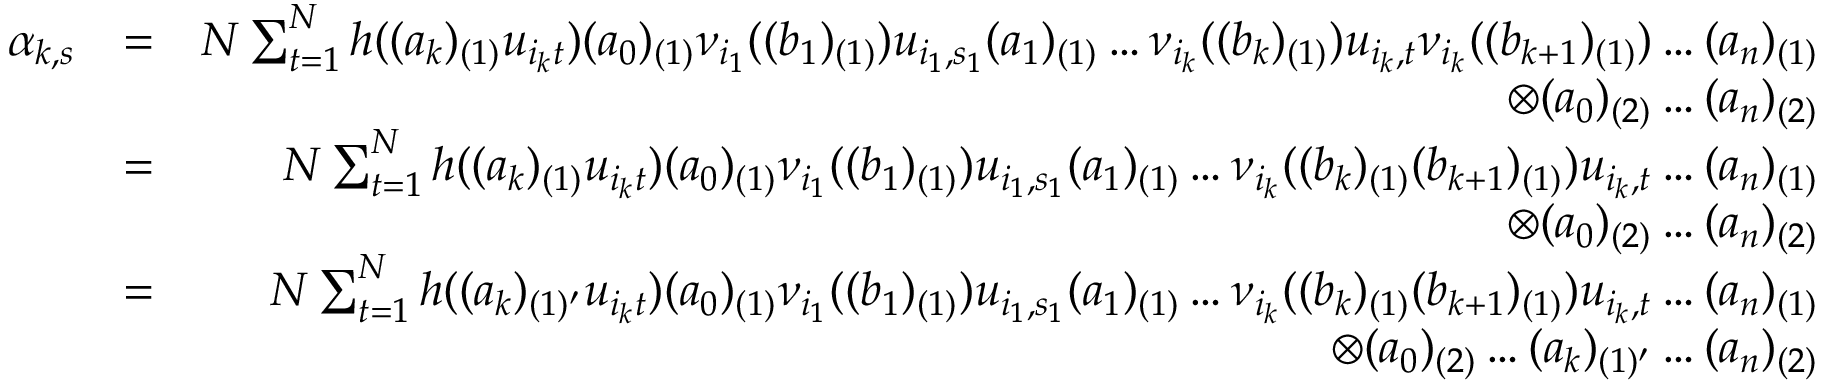
\begin{array} { r l r } { \alpha _ { k , s } } & { = } & { N \sum _ { t = 1 } ^ { N } h ( ( a _ { k } ) _ { ( 1 ) } u _ { i _ { k } t } ) ( a _ { 0 } ) _ { ( 1 ) } \nu _ { i _ { 1 } } ( ( b _ { 1 } ) _ { ( 1 ) } ) u _ { i _ { 1 } , s _ { 1 } } ( a _ { 1 } ) _ { ( 1 ) } \dots \nu _ { i _ { k } } ( ( b _ { k } ) _ { ( 1 ) } ) u _ { i _ { k } , t } \nu _ { i _ { k } } ( ( b _ { k + 1 } ) _ { ( 1 ) } ) \dots ( a _ { n } ) _ { ( 1 ) } } \\ & { } & { \otimes ( a _ { 0 } ) _ { ( 2 ) } \dots ( a _ { n } ) _ { ( 2 ) } } \\ & { = } & { N \sum _ { t = 1 } ^ { N } h ( ( a _ { k } ) _ { ( 1 ) } u _ { i _ { k } t } ) ( a _ { 0 } ) _ { ( 1 ) } \nu _ { i _ { 1 } } ( ( b _ { 1 } ) _ { ( 1 ) } ) u _ { i _ { 1 } , s _ { 1 } } ( a _ { 1 } ) _ { ( 1 ) } \dots \nu _ { i _ { k } } ( ( b _ { k } ) _ { ( 1 ) } ( b _ { k + 1 } ) _ { ( 1 ) } ) u _ { i _ { k } , t } \dots ( a _ { n } ) _ { ( 1 ) } } \\ & { } & { \otimes ( a _ { 0 } ) _ { ( 2 ) } \dots ( a _ { n } ) _ { ( 2 ) } } \\ & { = } & { N \sum _ { t = 1 } ^ { N } h ( ( a _ { k } ) _ { ( 1 ) ^ { \prime } } u _ { i _ { k } t } ) ( a _ { 0 } ) _ { ( 1 ) } \nu _ { i _ { 1 } } ( ( b _ { 1 } ) _ { ( 1 ) } ) u _ { i _ { 1 } , s _ { 1 } } ( a _ { 1 } ) _ { ( 1 ) } \dots \nu _ { i _ { k } } ( ( b _ { k } ) _ { ( 1 ) } ( b _ { k + 1 } ) _ { ( 1 ) } ) u _ { i _ { k } , t } \dots ( a _ { n } ) _ { ( 1 ) } } \\ & { } & { \otimes ( a _ { 0 } ) _ { ( 2 ) } \dots ( a _ { k } ) _ { ( 1 ) ^ { \prime } } \dots ( a _ { n } ) _ { ( 2 ) } } \end{array}